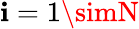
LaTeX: \mathbf{i}=1\simN